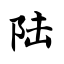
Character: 陆